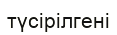
түсірілгені